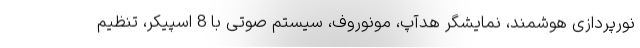
نورپردازی هوشمند، نمایشگر هدآپ، مونوروف، سیستم صوتی با 8 اسپیکر، تنظیم